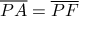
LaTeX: { \overline { { P A } } } = { \overline { { P F } } }